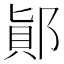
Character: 𨜭